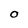
Character: O